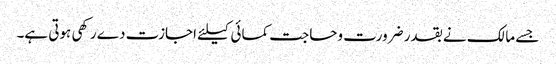
جسے مالک نے بقدر ضرورت وحاجت کمائی کیلئے اجازت دے رکھی ہوتی ہے۔